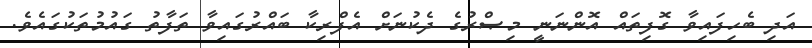
އަދި ބެހިފައިވާ ގޮފިތައް އޮންނަނީ މިޞްރުގެ ދެކުނަށް އެފްރިކާ ބައްރުގައިވާ ތަފާތު ގައުމުތަކުގައެވެ.